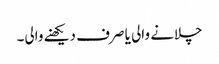
چلانے والی یا صرف دیکھنے والی۔